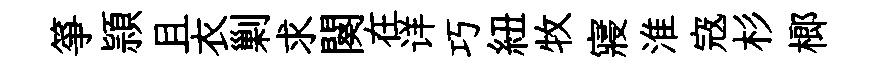
箏頴且衣剿求闋在详巧紐牧寢淮𡨥杉榔